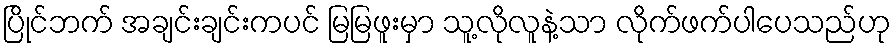
ပြိုင်ဘက် အချင်းချင်းကပင် မြမြဖူးမှာ သူ့လိုလူနဲ့သာ လိုက်ဖက်ပါပေသည်ဟု